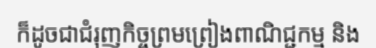
ក៏ដូចជាជំរុញកិច្ចព្រមព្រៀងពាណិជ្ជកម្ម និង